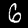
Digit: 6